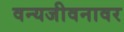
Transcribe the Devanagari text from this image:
वन्यजीवनावर